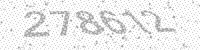
Solution: 278612